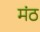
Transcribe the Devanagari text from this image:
मंठ